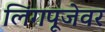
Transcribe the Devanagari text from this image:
लिंगपूजेवर